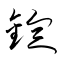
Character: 錠